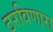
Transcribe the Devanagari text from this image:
ठरविणारा